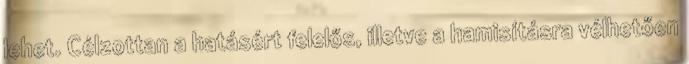
lehet. Célzottan a hatásért felelős, illetve a hamisításra vélhetően